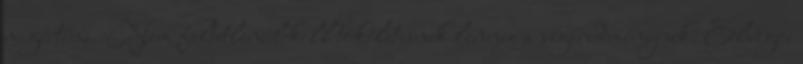
megérteni. Nem feltétlenül kell tökéletesnek lennie a végeredménynek. Elvégre